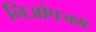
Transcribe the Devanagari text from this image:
निओपजम